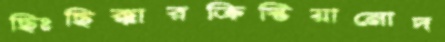
ছিঃছিক্কারক্রিস্টিয়ানোদ